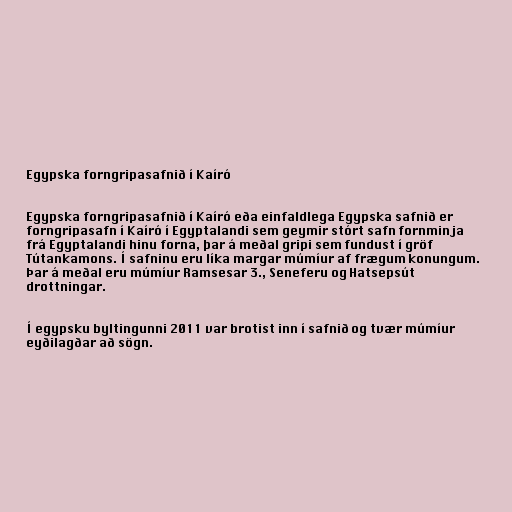
Egypska forngripasafnið í Kaíró

Egypska forngripasafnið í Kaíró eða einfaldlega Egypska safnið er
forngripasafn í Kaíró í Egyptalandi sem geymir stórt safn fornminja
frá Egyptalandi hinu forna, þar á meðal gripi sem fundust í gröf
Tútankamons. Í safninu eru líka margar múmíur af frægum konungum.
Þar á meðal eru múmíur Ramsesar 3., Seneferu og Hatsepsút
drottningar.

Í egypsku byltingunni 2011 var brotist inn í safnið og tvær múmíur
eyðilagðar að sögn.